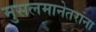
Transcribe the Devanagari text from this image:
मुसलमानेतरांना